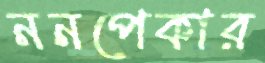
ননপেকার